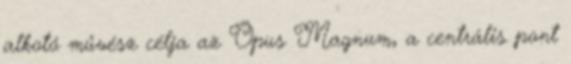
alkotó művész célja az Opus Magnum, a cent­rá­lis pont